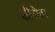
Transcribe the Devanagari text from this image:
क्षीरोदा